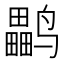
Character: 𱊳